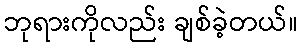
ဘုရားကိုလည်း ချစ်ခဲ့တယ်။